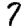
Digit: 7